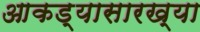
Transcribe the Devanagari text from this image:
आकड्यासारख्या